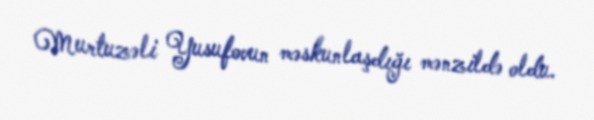
Murtuzəli Yusufovun məskunlaşdığı mənzildə oldu.